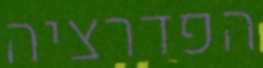
הפדרציה